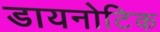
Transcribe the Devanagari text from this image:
डायनोटिक